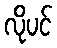
လိုပင်